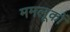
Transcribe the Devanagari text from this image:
ममलूकों